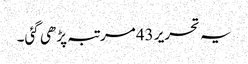
یہ تحریر 43مرتبہ پڑھی گئی۔